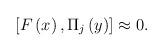
LaTeX: \begin{align*}\left[ F\left( x\right) ,\Pi _j\left( y\right) \right] \approx0.\end{align*}